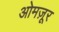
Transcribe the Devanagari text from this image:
ओमज़ूर